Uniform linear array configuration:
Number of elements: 16
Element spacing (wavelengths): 0.25
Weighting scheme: uniform
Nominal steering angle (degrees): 60
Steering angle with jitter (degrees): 59.993
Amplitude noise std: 0.05
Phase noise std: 0.05

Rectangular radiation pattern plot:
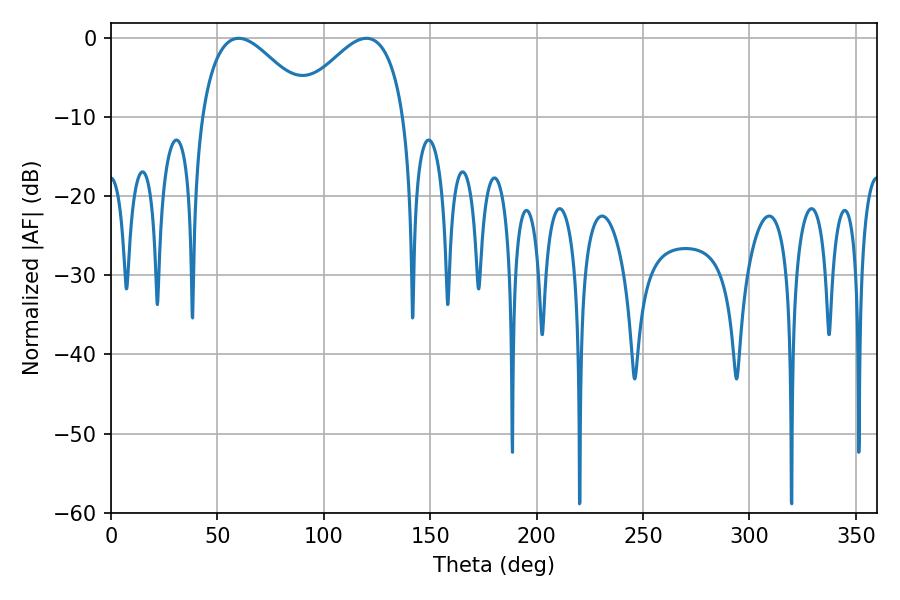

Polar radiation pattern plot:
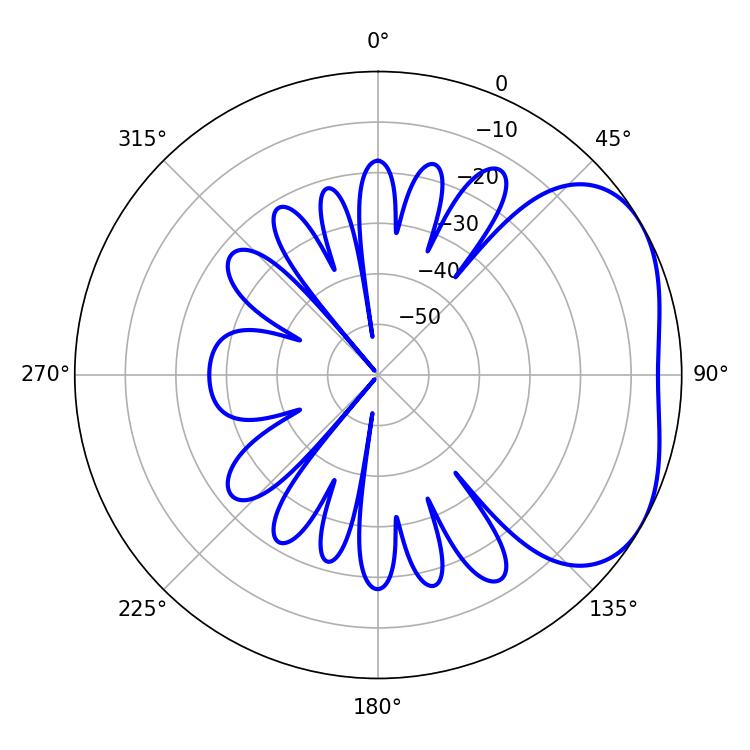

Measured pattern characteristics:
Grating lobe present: FALSE
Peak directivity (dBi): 3.399
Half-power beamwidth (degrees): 28.08
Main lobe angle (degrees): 59.94